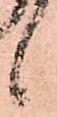
候